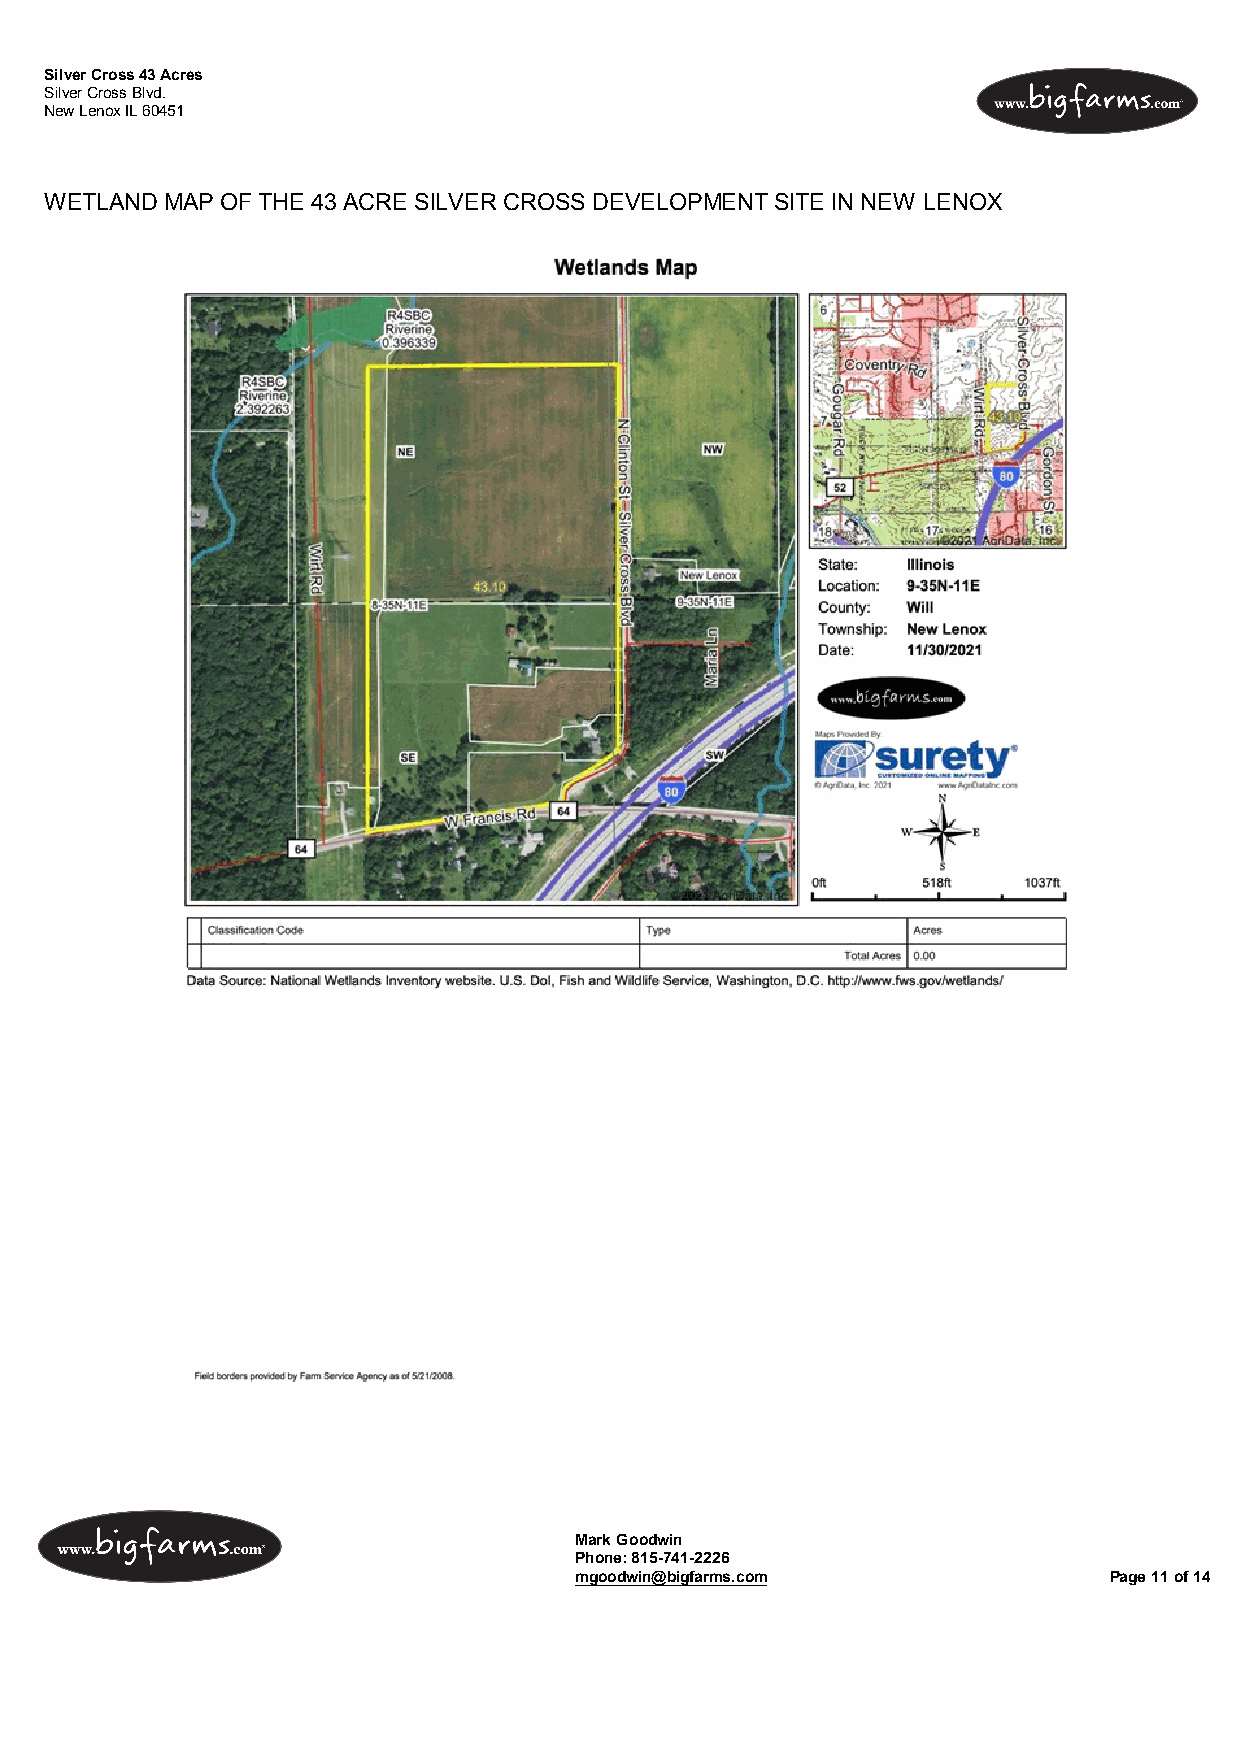
Silver Cross 43 Acres
 Silver Cross Blvd.
 New Lenox IL 60451
 WETLAND MAP OF THE 43 ACRE SILVER CROSS DEVELOPMENT SITE IN NEW LENOX
 Mark Goodwin
 Phone: 815-741-2226
 mgoodwin@bigfarms.com               Page 11 of 14